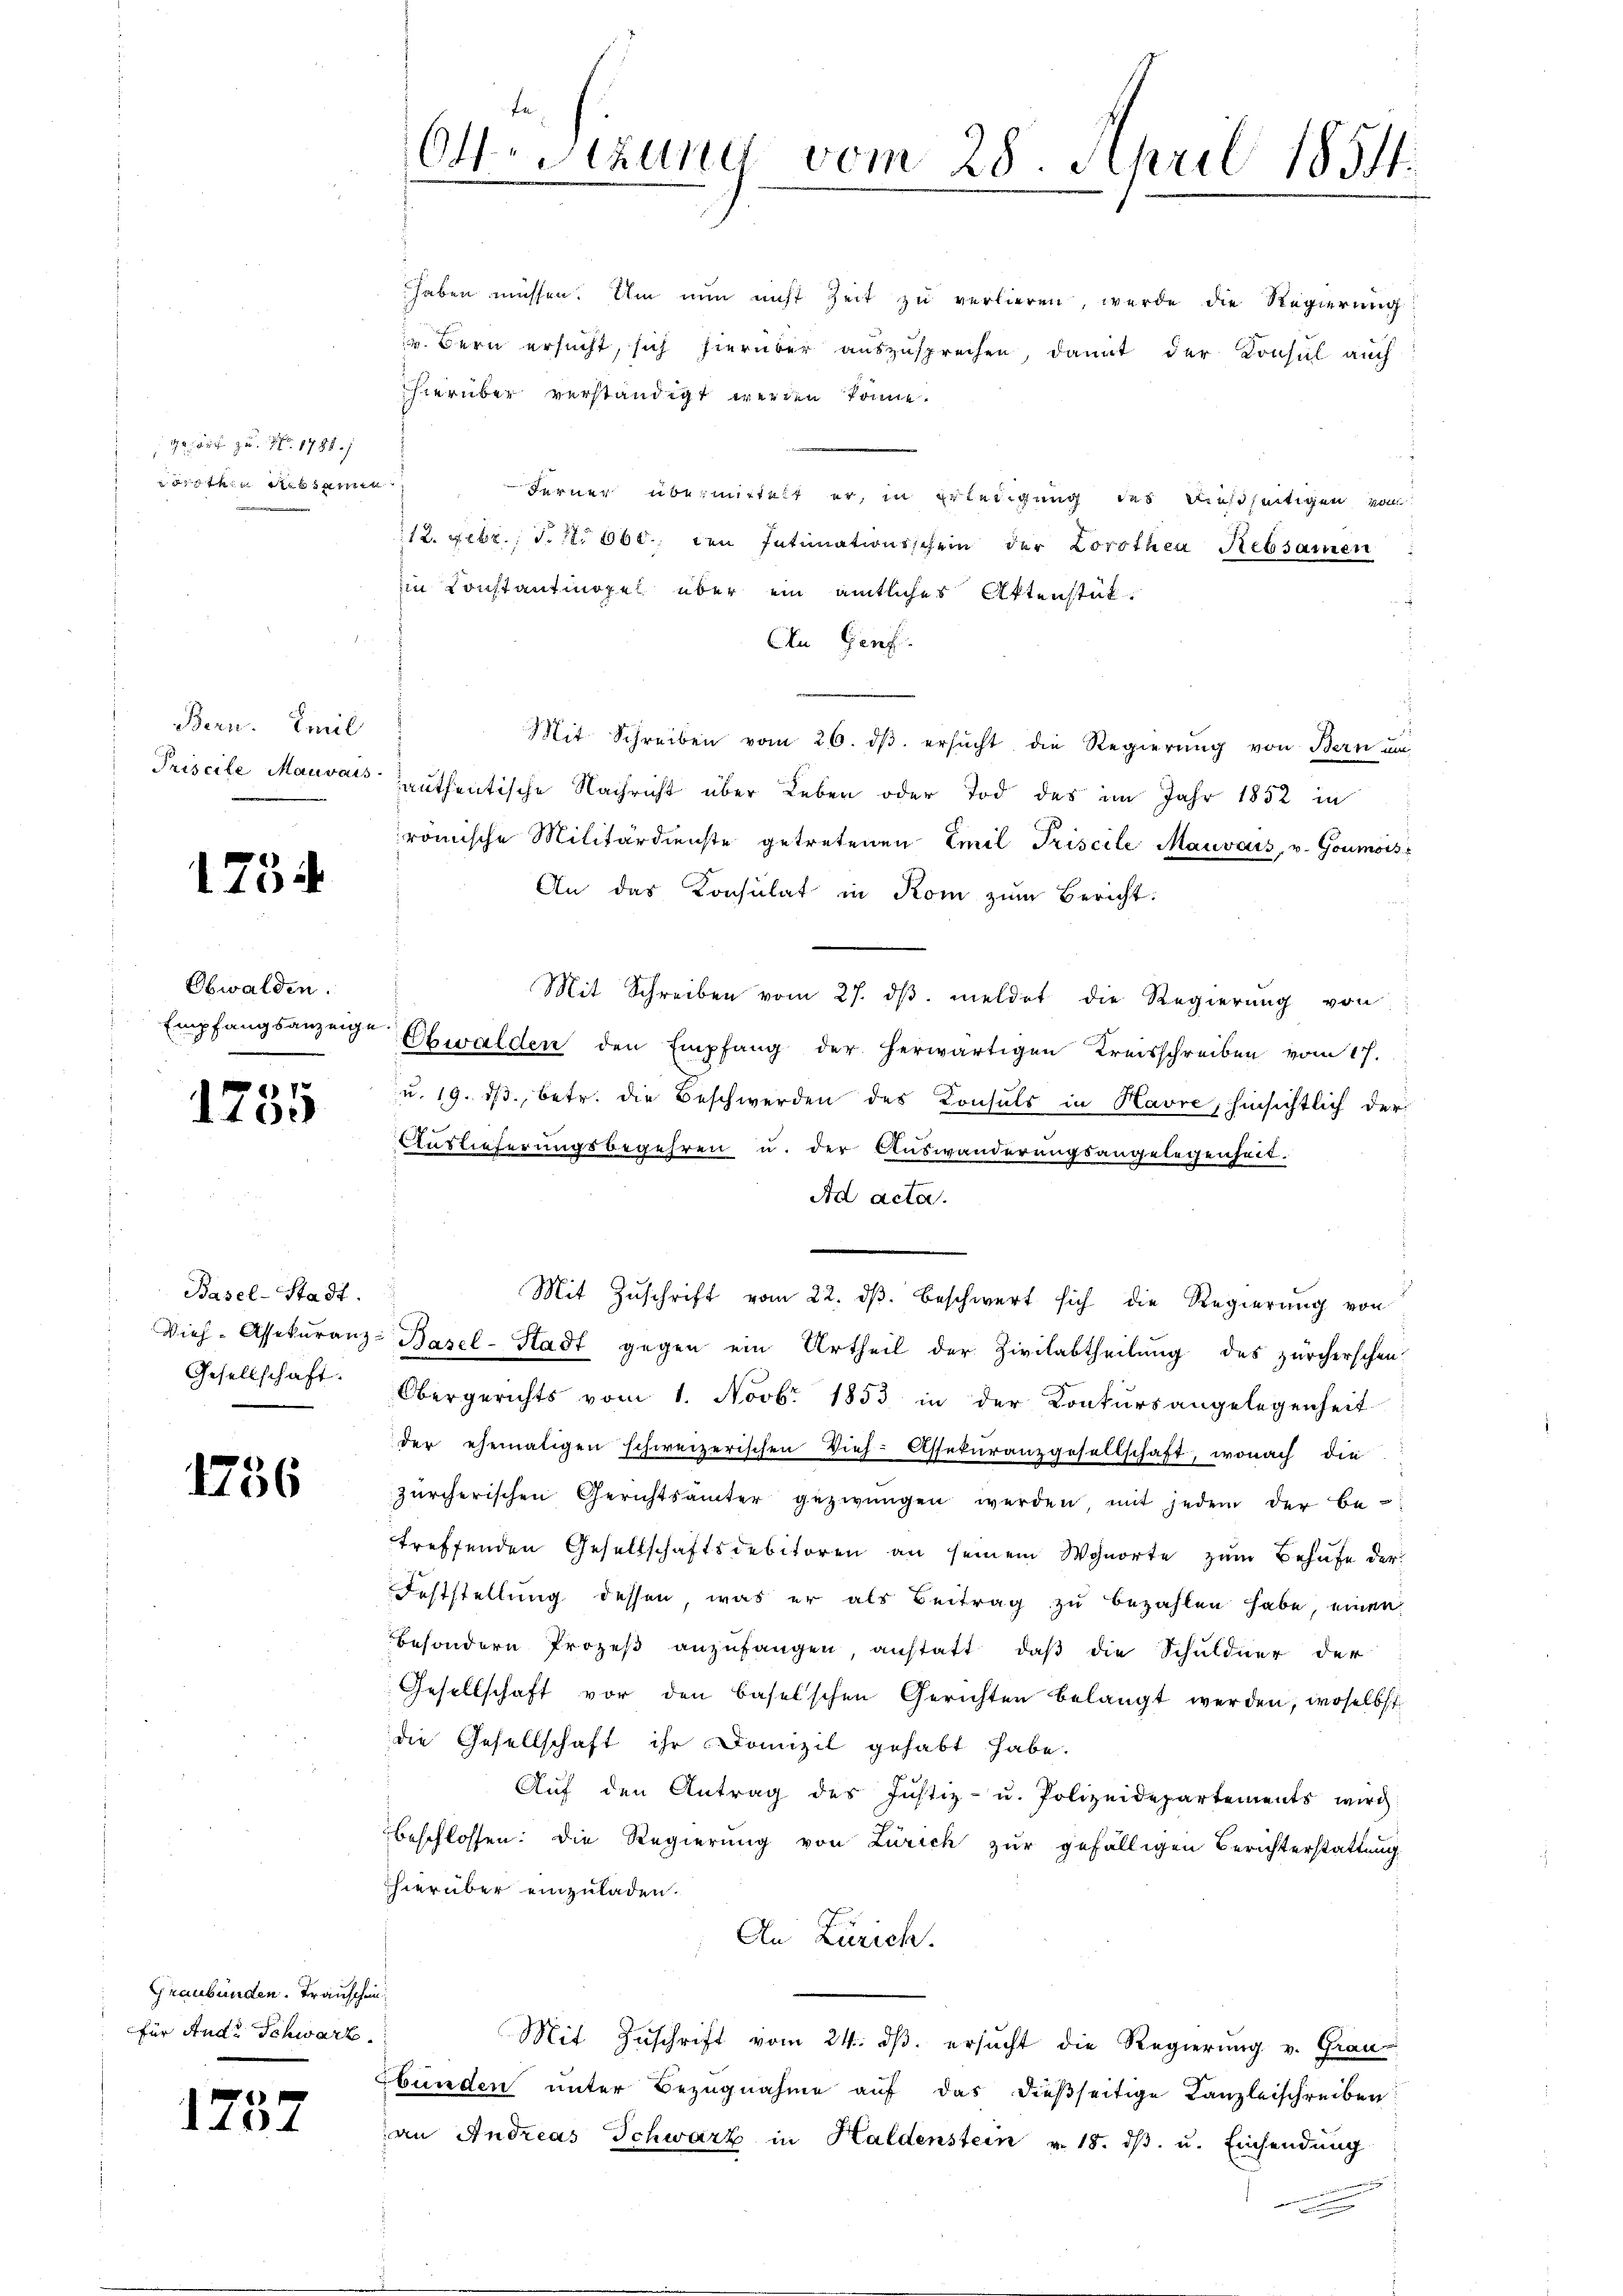
gehört zu. No. 1781.
eoretia Rebsamen.

Bern. Emil

1754

Obwalden.

1785

Basel-Stadt.
Gesellschaft.

1756

Graubünden. Transchei
für Andr Schwarz

1757

fe
.
OStzung vom 28. April 1851.

haben müssen. Um nun nicht Zeit zu verlieren, werde die Regierung
v. Bern ersucht, sich hierüber auszusprechen, damit der Konsul auch
hierüber verständigt werden könne.
Ferner übermittelt er, in Erledigung des dießseitigen vom
12. Febr., S. 11. 160 den Intimationsschein der Lorothea Rebsamen
iin Konstantmopel über ein amtliches Aktenstät¬
An Genf.
Mit Schreiben vom 26. dβ ersŭcht die Regierung von Bern und
Priscile Mauvais authentische Nachricht über Leben oder Tod des im Jahr 1852 in
römische Militärdienste getretenen Emil Triscile Mauvais, v. Goumois
An das Konsulat in Kom zum Bericht:
Mit Schreiben vom 27. dβ meldet die Regierŭng von
Empfangsanzeige Obwalden den Empfang der herwärtigen Kreisschreiben vom 17.
u. 19. ds., betr. die Beschwerden des Konsuls in Havre, hinsichtlich der

Auslieferungsbegehren u. der Auswanderungsangelegenheit.
Ad acta.
Mit Zuschrift vom 22. ds. beschwert sich die Regierung von
Vieh-Assekuranz-Basel-Stadt gegen ein Urtheil der Zivilabtheilung des zürcherschen-
Obergerichts vom 1. Novb. 1853 in der Konkursangelegenheit
der ehemaligen schweizerischen Vieh-Assekuranzgesellschaft, wonach die
zürcherischen Gerichtsamter gezwungen werden mit jedem der Betreffenden Gesellschaftsdebitoren an seinem Wohnorte zum Behufe der
Feststellung dessen, was er als Beitrag zu bezahlen habe, einen
besondern Prozeβ anzufangen, anstatt, daβ die Schuldner der
Gesellschaft vor den Baselschen Gerichten belangt werden, woselbst
die Gesellschaft ihr Domizil gehabt habe.
Aŭf den Antrag des Justiz- u. Polizeidepartements wird
beschlossen: Die Regierung von Zürich zur gefälligen Berichterstattung
hierüber einzuladen.
An Zürich.
Mit Zŭschrift vom 24. dβ. ersŭcht die Regierŭng v. Grau-
bunden unter Bezugnahme auf das dießseitige Kanzleischreiben
an Andreas Schwarz in Haldenstein v. 18. dβ. u. Einsendung